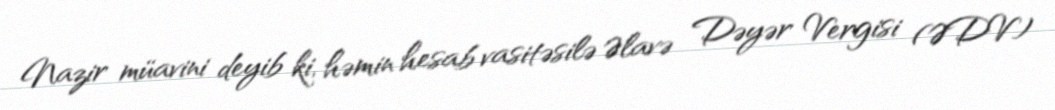
Nazir müavini deyib ki, həmin hesab vasitəsilə Əlavə Dəyər Vergisi (ƏDV)